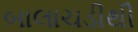
બાલાચડીથી